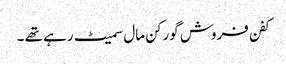
کفن فروش گورکن مال سمیٹ رہے تھے ۔